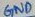
Text: GND